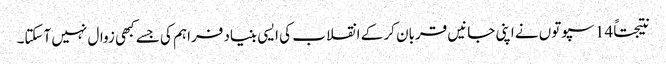
نتیجتاً 14 سپوتوں نے اپنی جانیں قربان کر کے انقلاب کی ایسی بنیاد فراہم کی جسے کبھی زوال نہیں آسکتا۔